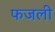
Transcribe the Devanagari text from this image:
फजली